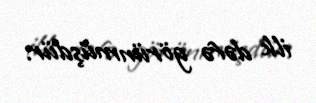
ilk dəfə görünmüşdür.